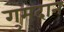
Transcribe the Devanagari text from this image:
गुमदान